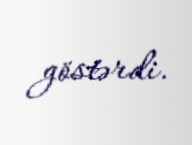
göstərdi.